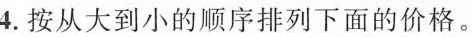
4.按从大到小的顺序排列下面的价格。